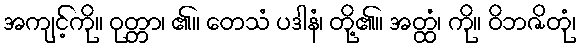
အကျင့်ကို။ ဝုတ္တာ၊ ၏။ တေသံ ပဒါနံ၊ တို့၏။ အတ္ထံ၊ ကို။ ဝိဘဇိတုံ၊